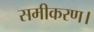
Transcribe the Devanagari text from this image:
समीकरण।